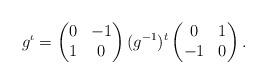
LaTeX: \begin{align*} g^\iota = \begin{pmatrix} 0&-1\\ 1 &0\end{pmatrix} (g^{-1})^t \begin{pmatrix}0 & 1\\ -1 &0\end{pmatrix}.\end{align*}